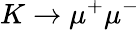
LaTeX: K\rightarrow\mu^{+}\mu^{-}